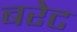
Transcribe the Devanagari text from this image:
बरेट